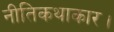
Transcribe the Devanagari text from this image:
नीतिकथाकार।